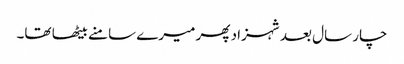
چار سال بعد شہزاد پھر میرے سامنے بیٹھا تھا۔